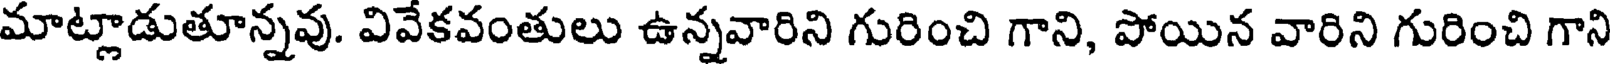
మాట్లాడుతూన్నవు. వివేకవంతులు ఉన్నవారిని గురించి గాని, పోయిన వారిని గురించి గాని